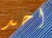
احد